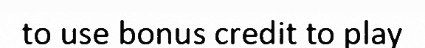
to use bonus credit to play